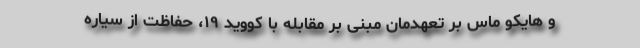
و هایکو ماس بر تعهدمان مبنی‌ بر مقابله با کووید ۱۹، حفاظت از سیاره